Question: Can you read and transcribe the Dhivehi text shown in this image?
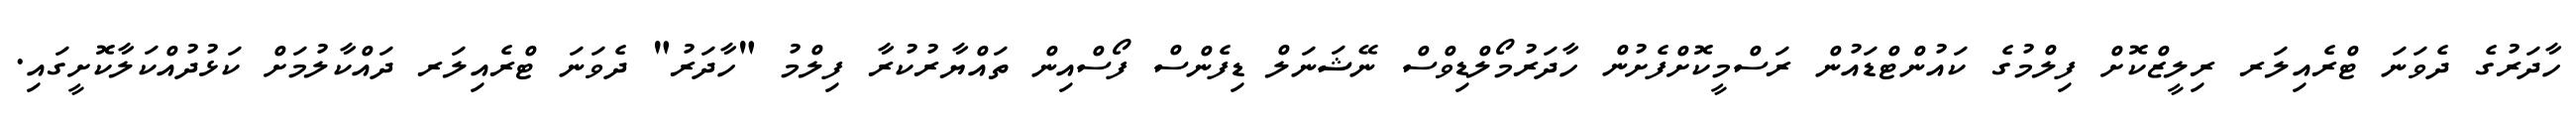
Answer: ހާދަރުގެ ދެވަނަ ޓްރެއިލަރ ރިލީޒްކޮށް ފިލްމުގެ ކައުންޓްޑައުން ރަސްމީކޮށްފެށުން ހާދަރުމޯލްޑިވްސް ނޭޝަނަލް ޑިފެންސް ފޯސްއިން ތައްޔާރުކުރާ ފިލްމު "ހާދަރު" ދެވަނަ ޓްރެއިލަރ ދައްކާލުމަށް ކަޅުދުއްކަލާކޮށީގައި.